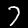
Digit: 7